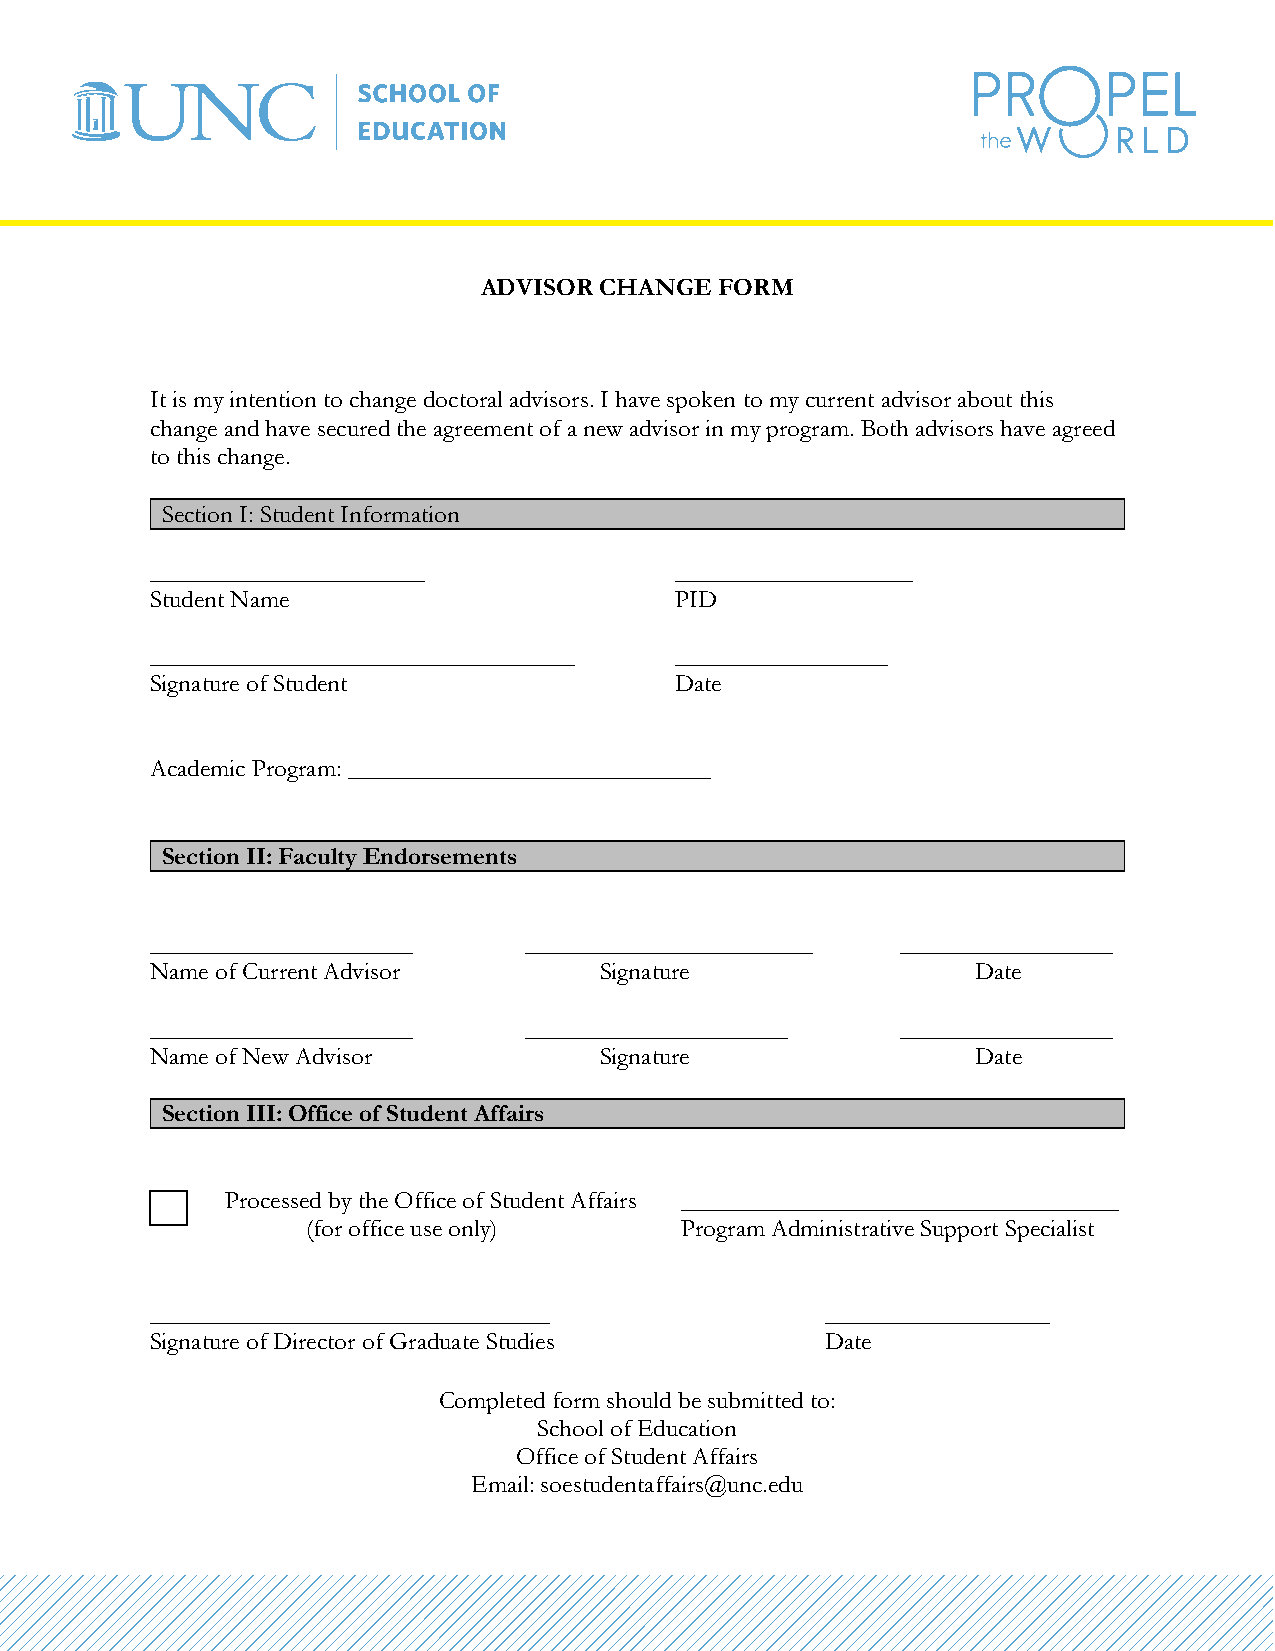
ADVISOR CHANGE  FORM
 It is my intention to change doctoral advisors. I have spoken to my current advisor about this
 change and have secured the agreement of a new advisor in my program. Both advisors have agreed
 to this change.
 Section I: Student Information
 ______________________             ___________________
 Student Name                       PID
 __________________________________ _________________
 Signature of Student               Date
 Academic Program: _____________________________
 Section II: Faculty Endorsements
 _____________________    _______________________  _________________
 Name of Current Advisor       Signature                Date
 _____________________    _____________________    _________________
 Name of New Advisor           Signature                Date
 Section III: Office of Student Affairs
 Processed by the Office of Student Affairs ___________________________________
 (for office use only)    Program Administrative Support Specialist
 ________________________________             __________________
 Signature of Director of Graduate Studies    Date
 Completed form should be submitted to:
 School of Education
 Office of Student Affairs
 Email: soestudentaffairs@unc.edu